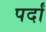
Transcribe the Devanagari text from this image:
पर्दां